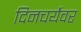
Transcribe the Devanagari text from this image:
दिनचर्येवर